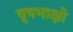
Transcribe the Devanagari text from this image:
वृषभाक्षो